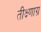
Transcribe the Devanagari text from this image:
तीक्ष्णाग्र